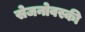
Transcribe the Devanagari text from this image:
सेजनोवस्की